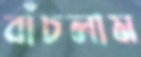
বাঁচলাম